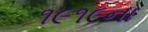
૧૯૧૯ના